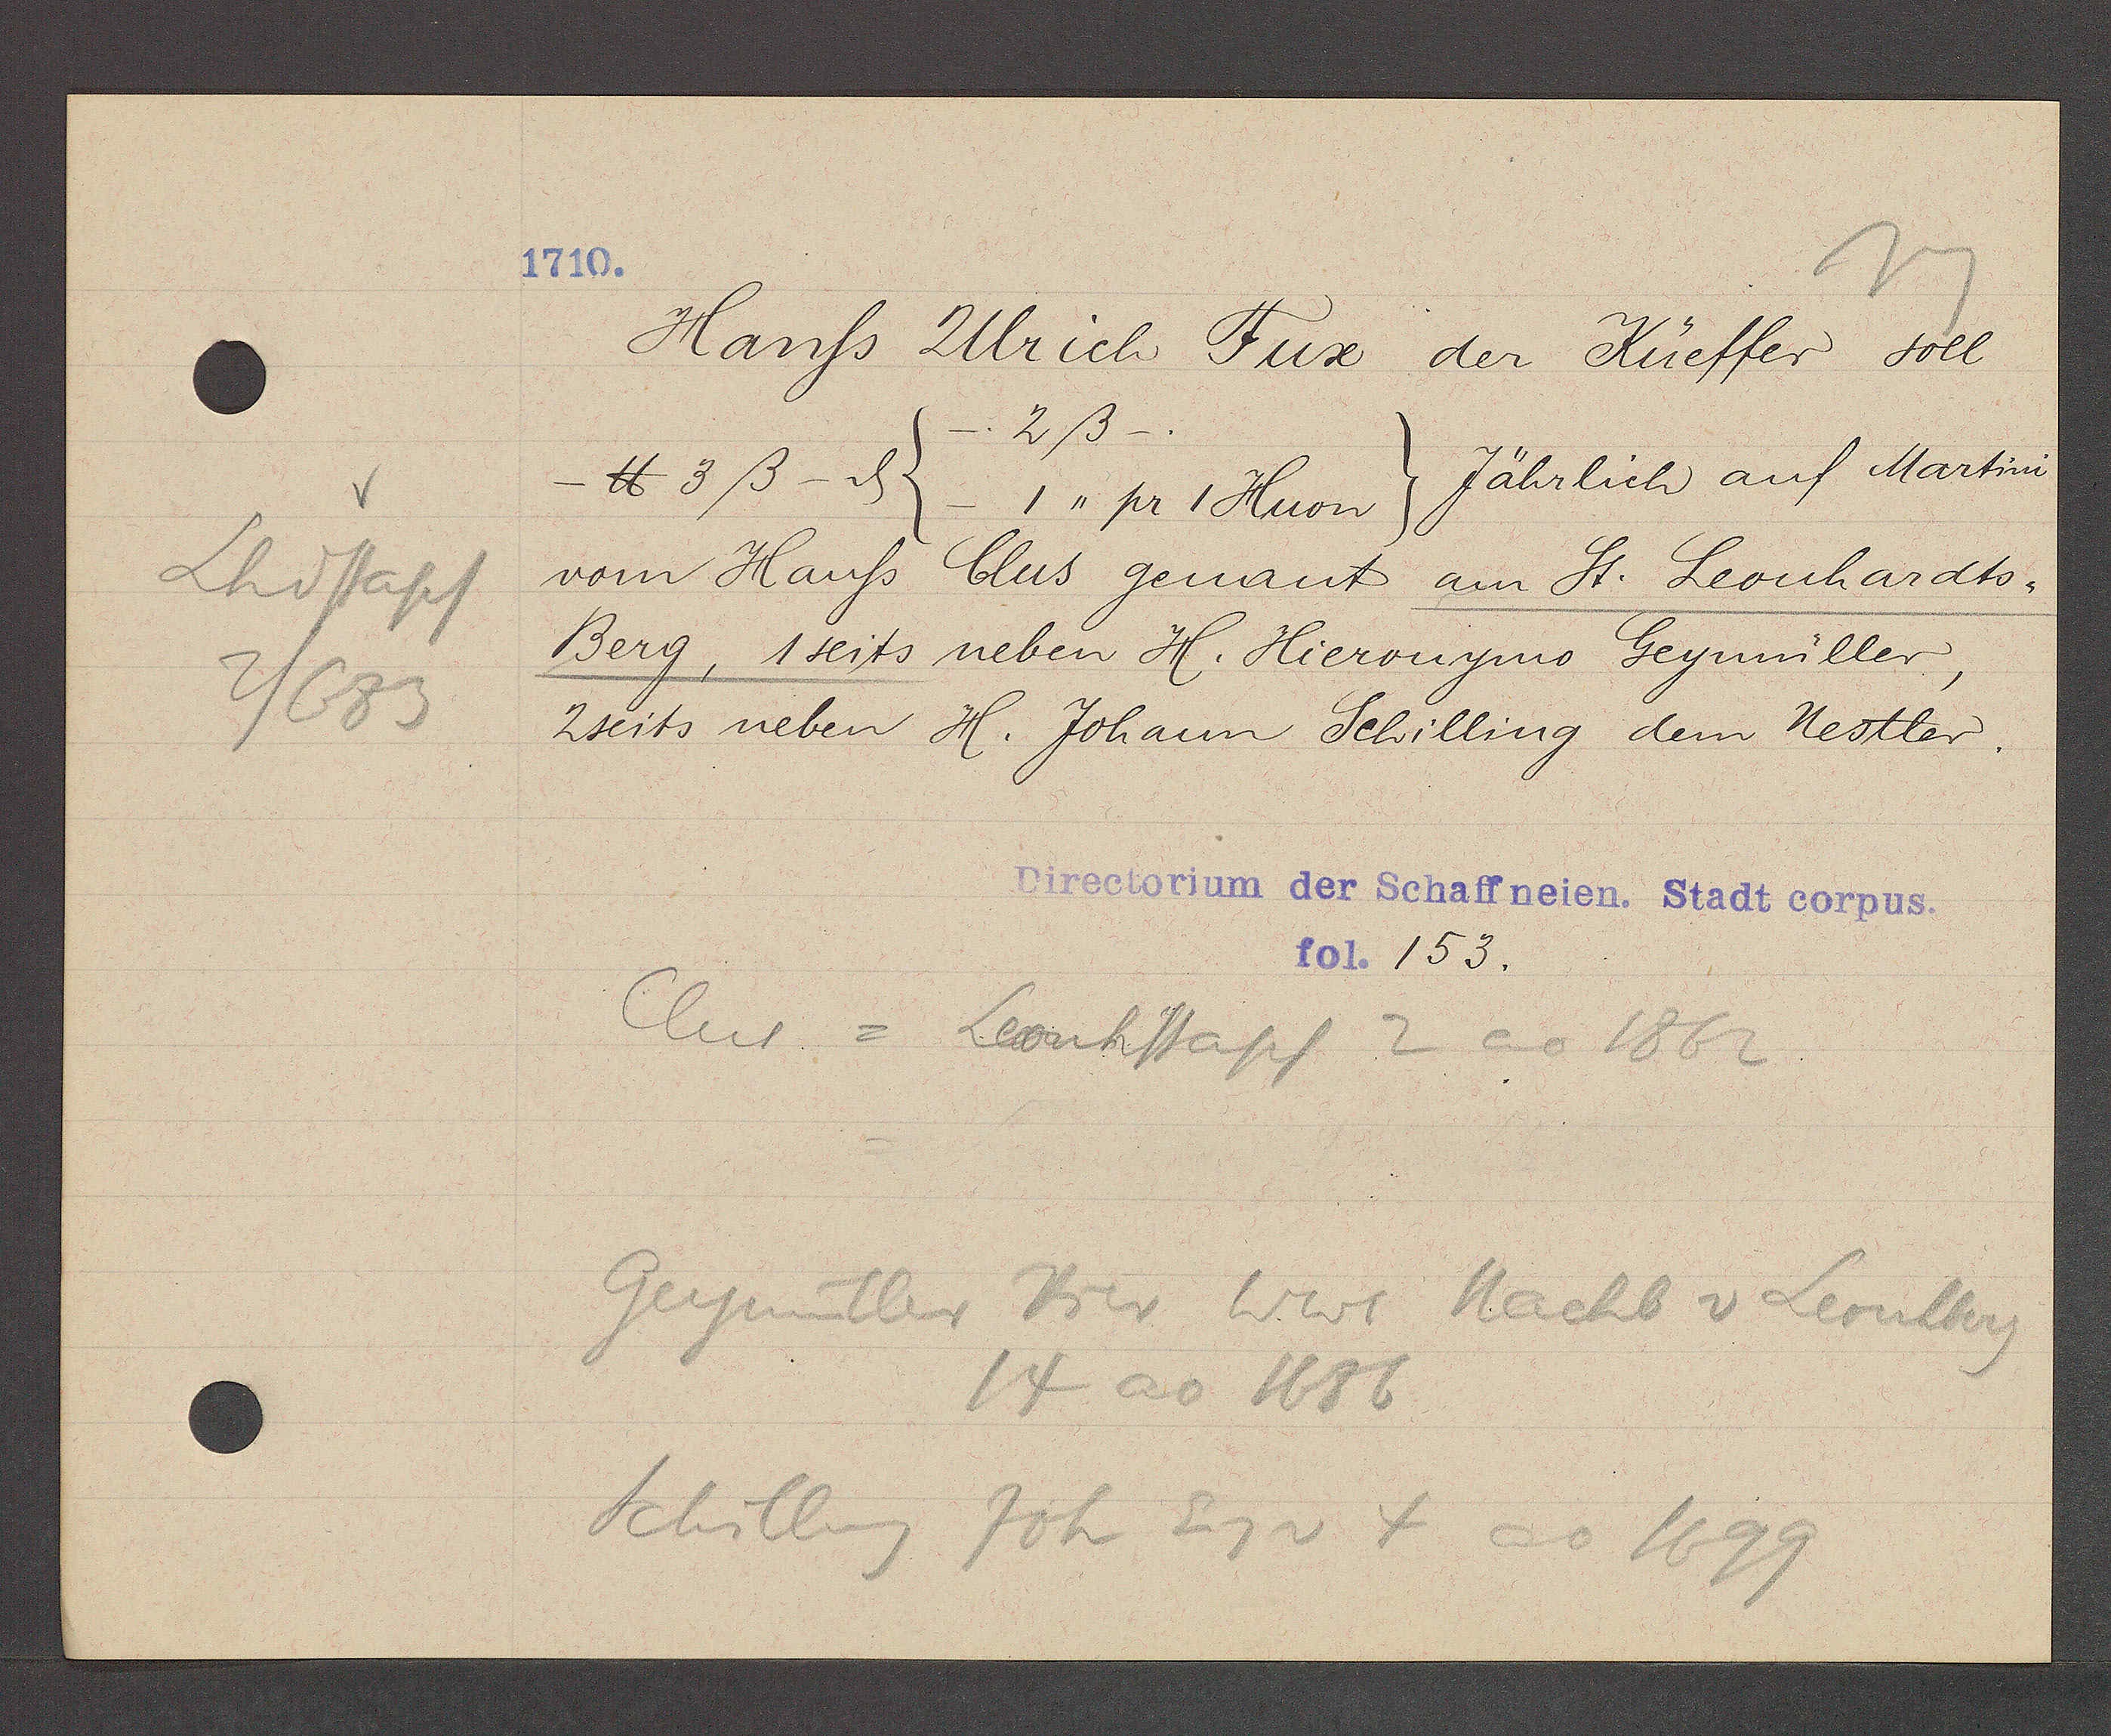
Transcript:
Lhdstapf
1/683

1710.

Hanss Ulrich Fux der Küeffer soll
 2ß-.
Jährlich auf Martini
- ℔ 3ß - ȡ
(- 1,, pr 1 Huon)
vom Hauss Clus genant am St. Leonhardts¬
Berg, 1 seits neben H. Hieronymo Geymüller,
2seits neben H. Johann Schilling dem Restler.

Directorium der Schaffneien. Stadt corpus.
fol. 153.

Clus = Leonhstapf 2 ao 1862
Geymüller Hier Wwe Nachb v Leonhberg
14 ao 1686
Schilling Joh Eig v 4 ao 1699